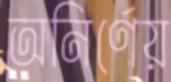
অনির্ণেয়